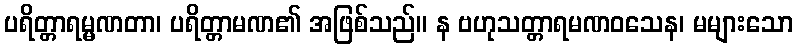
ပရိတ္တာရမ္မဏတာ၊ ပရိတ္တာမဏ၏ အဖြစ်သည်။ န ဗဟုသတ္တာရမဏဝသေန၊ မများသော